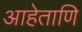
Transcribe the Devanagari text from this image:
आहेताणि